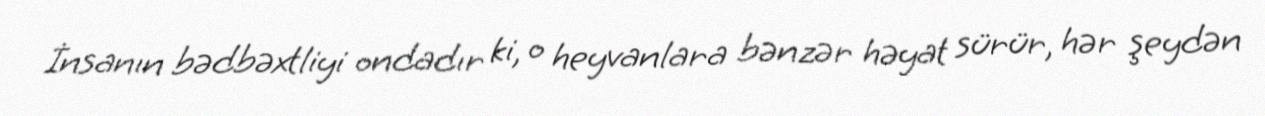
İnsanın bədbəxtliyi ondadır ki, o heyvanlara bənzər həyat sürür, hər şeydən